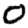
Digit: 0